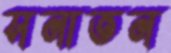
সনাতন